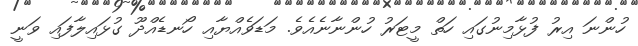
ހުންނަ އިރު ފުޅާމިނުގައި ހަތް މީޓަރު ހުންނާނެއެވެ. މަޑަވެއްޔާއި ހޯނޑެއްދޫ ގުޅައިލާފައި ވަނީ